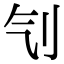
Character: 刏